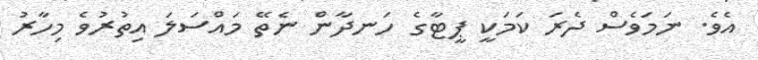
އެވެ. ނަމަވެސް ދެރަ ކަމަކީ ޕީޓާގެ ހަނދާން ނެތޭ މައްސަލަ އިތުރުވެ މިހާރު